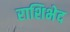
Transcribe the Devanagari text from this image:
राशिभेद